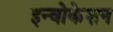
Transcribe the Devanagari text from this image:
इन्वोकेशन